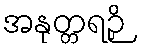
အနုတ္တရဉှိ